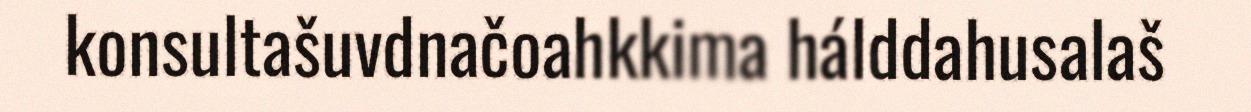
konsultašuvdnačoahkkima hálddahusalaš